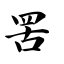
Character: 罟